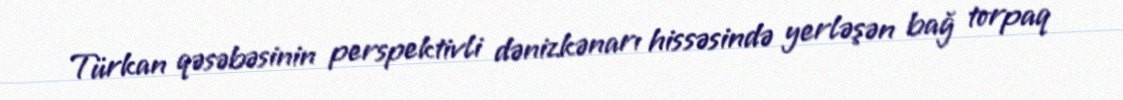
Türkan qəsəbəsinin perspektivli dənizkənarı hissəsində yerləşən bağ torpaq